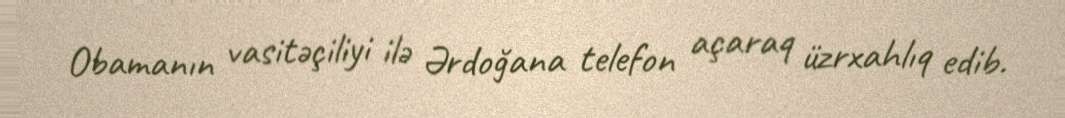
Obamanın vasitəçiliyi ilə Ərdoğana telefon açaraq üzrxahlıq edib.